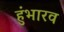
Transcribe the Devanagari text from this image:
हुंभारव